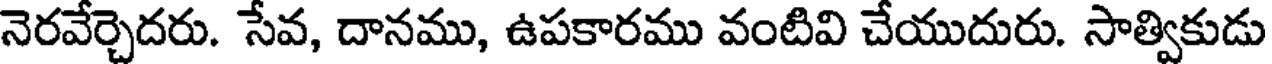
నెరవేర్చెదరు. సేవ, దానము, ఉపకారము వంటివి చేయుదురు. సాత్వికుడు